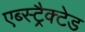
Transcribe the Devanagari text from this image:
एब्स्ट्रैक्टेड